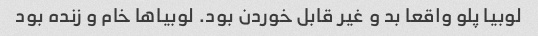
لوبیا پلو واقعا بد و غیر قابل خوردن بود. لوبیا‌ها خام و زنده بود